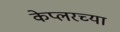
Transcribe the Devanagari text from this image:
केप्लरच्या